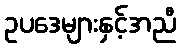
ဥပဒေများနှင့်အညီ